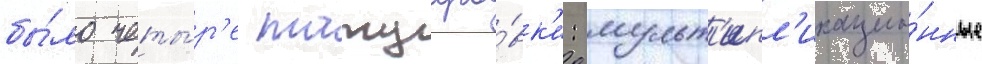
бы́ло четы́р'е татуиро́вк'и: мульт'ипл'икацио́нные